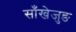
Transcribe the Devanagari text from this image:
साँखेजुङ